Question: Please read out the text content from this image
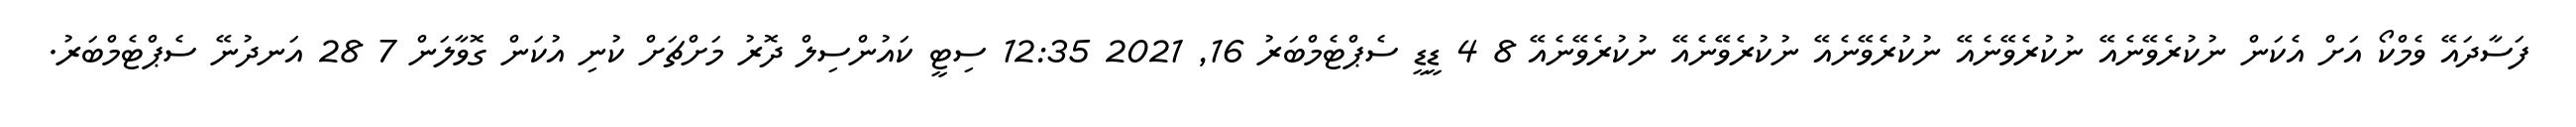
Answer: ފަސާދައޭ ވެމްކޯ އަށް އެކަން ނުކުރެވޭނެއޭ ނުކުރެވޭނެއޭ ނުކުރެވޭނެއޭ ނުކުރެވޭނެއޭ ނުކުރެވޭނެއޭ 8 4 ޑީޑީ ސެޕްޓެމްބަރު 16, 2021 12:35 ސިޓީ ކައުންސިލް ދޮރު މަށްޗަށް ކުނި އުކަން ގޮވާލަން 7 28 އަނދުނޭ ސެޕްޓެމްބަރު.